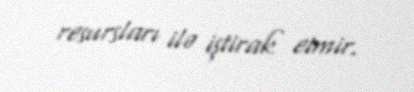
resursları ilə iştirak etmir.